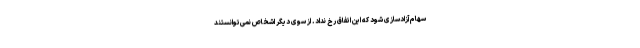
سهام آزادسازی شود که این اتفاق رخ نداد. از سوی دیگر اشخاص نمی‌توانستند